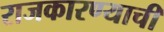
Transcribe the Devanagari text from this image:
राजकारण्याची